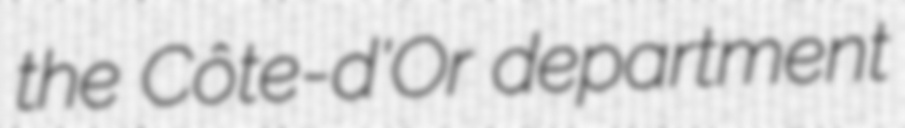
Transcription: the Côte-d'Or department